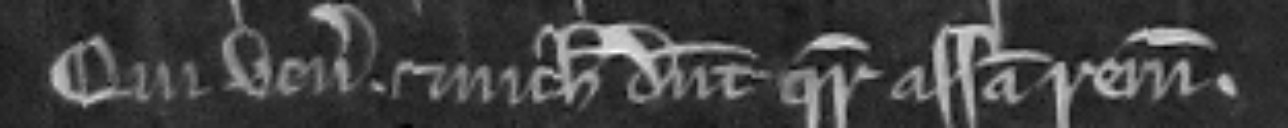
qui veniunt et nichil dicunt quare assisa remaneat